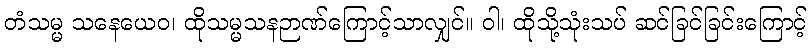
တံသမ္မ သနေယေဝ၊ ထိုသမ္မသနဉာဏ်ကြောင့်သာလျှင်။ ဝါ၊ ထိုသို့သုံးသပ် ဆင်ခြင်ခြင်းကြောင့်